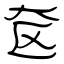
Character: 奁